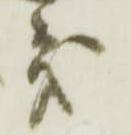
義